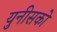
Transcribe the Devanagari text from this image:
युनीसको